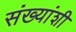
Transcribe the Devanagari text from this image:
संख्यांशी